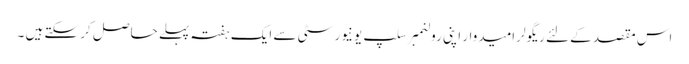
اس مقصد کے لئے ریگولر امیدوار اپنی رولنمبر سلپ یونیورسٹی سے ایک ہفتہ پہلے حاصل کر سکتے ہیں ۔